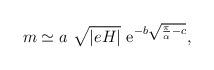
LaTeX: \begin{align*}m \simeq a~\sqrt{|eH|}~{\rm e}^{- b\sqrt{\frac{\pi}{\alpha} - c}},\end{align*}